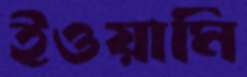
ইওয়ামি